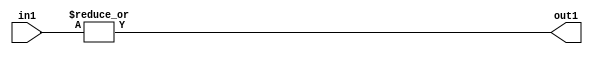
`timescale 1ps / 1ps
/*****************************************************************************
    Verilog RTL Description
    
    
    Created by: Stratus DpOpt 2019.1.01 
*******************************************************************************/

module dut_OrReduction_3U_1U_4 (
	in1,
	out1
	); /* architecture "behavioural" */ 
input [2:0] in1;
output  out1;
wire  asc001;

assign asc001 = 
	(|in1);

assign out1 = asc001;
endmodule

/* CADENCE  urX5TwA= : u9/ySgnWtBlWxVPRXgAZ4Og= ** DO NOT EDIT THIS LINE ******/